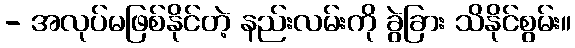
- အလုပ်မဖြစ်နိုင်တဲ့ နည်းလမ်းကို ခွဲခြား သိနိုင်စွမ်း။